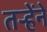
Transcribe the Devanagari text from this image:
तऱ्हेंने